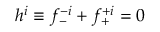
h ^ { i } \equiv f _ { - } ^ { - i } + f _ { + } ^ { + i } = 0